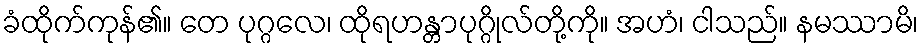
ခံထိုက်ကုန်၏။ တေ ပုဂ္ဂလေ၊ ထိုရဟန္တာပုဂ္ဂိုလ်တို့ကို။ အဟံ၊ ငါသည်။ နမဿာမိ၊